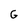
Character: G